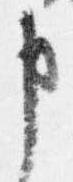
申